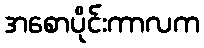
အစောပိုင်းကာလက